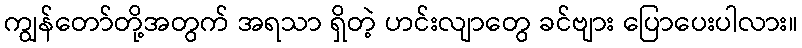
ကျွန်တော်တို့အတွက် အရသာ ရှိတဲ့ ဟင်းလျာတွေ ခင်ဗျား ပြောပေးပါလား။